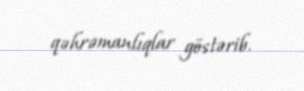
qəhrəmanlıqlar göstərib.